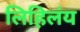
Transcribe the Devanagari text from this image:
लिहिलंय